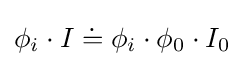
\phi _{i}\cdot I\doteq \phi _{i}\cdot \phi _{0}\cdot I_{0}